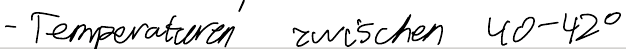
- Temperaturen zwischen 40-42°